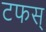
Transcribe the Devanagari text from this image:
टफस्